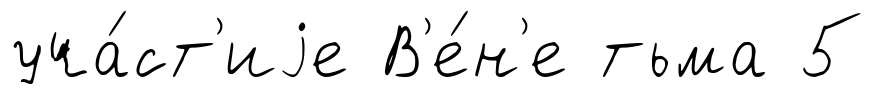
уча́ст'иjе В'е́н'е тьма 5